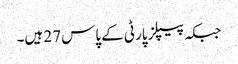
جبکہ پیپلز پارٹی کے پاس 27 ہیں۔